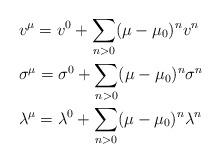
LaTeX: \begin{align*}& v^\mu = v^0 + \sum_{n > 0} (\mu - \mu_0)^n v^n \\& \sigma^{\mu} = \sigma^0+\sum_{n > 0}(\mu-\mu_0)^n\sigma^n\\& \lambda^\mu = \lambda^0 + \sum_{n > 0} (\mu - \mu_0)^n \lambda^n\end{align*}